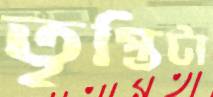
তৃপ্তিটা